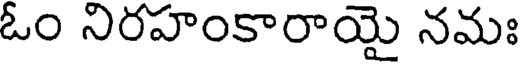
ఓం నిరహంకారాయై నమః